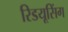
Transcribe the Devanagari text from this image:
रिडयूसिंग